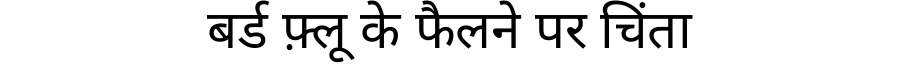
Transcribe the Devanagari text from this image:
बर्ड फ़्लू के फैलने पर चिंता